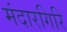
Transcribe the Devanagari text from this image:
मंदारगिरि